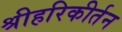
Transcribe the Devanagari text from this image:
श्रीहरिकीर्तन